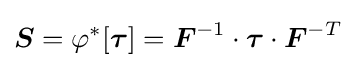
{\boldsymbol {S}}=\varphi ^{*}[{\boldsymbol {\tau }}]={\boldsymbol {F}}^{-1}\cdot {\boldsymbol {\tau }}\cdot {\boldsymbol {F}}^{-T}